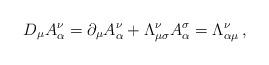
LaTeX: \begin{align*}D_{\mu}A^{\nu}_{\alpha}=\partial_{\mu}A^{\nu}_{\alpha}+\Lambda^{\nu}_{\mu\sigma}A^{\sigma}_{\alpha}=\Lambda^{\nu}_{\alpha\mu}\,,\end{align*}